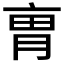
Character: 𠅥